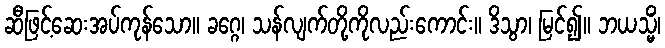
ဆီဖြင့်ဆေးအပ်ကုန်သော။ ခဂ္ဂေ၊ သန်လျက်တို့ကိုလည်းကောင်း။ ဒိသွာ၊ မြင်၍။ ဘယသ္မိံ၊